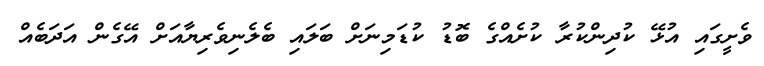
ވެށީގައި އުޅޭ ކުދިންކުރާ ކުށެއްގެ ބޮޑު ކުޑަމިނަށް ބަލައި ބެލެނިވެރިޔާއަށް އޭގެން އަދަބެއް